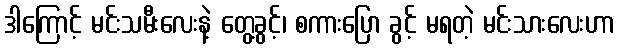
ဒါကြောင့် မင်းသမီးလေးနဲ့ တွေ့ခွင့်၊ စကားပြော ခွင့် မရတဲ့ မင်းသားလေးဟာ